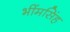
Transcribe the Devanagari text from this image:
भींमसिंह